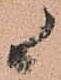
候